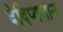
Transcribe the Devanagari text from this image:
देदिप्यमान